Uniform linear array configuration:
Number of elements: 12
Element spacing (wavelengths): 0.25
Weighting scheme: kaiser
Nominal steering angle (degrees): -45
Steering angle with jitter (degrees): -43.884
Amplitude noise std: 0.05
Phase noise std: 0.05

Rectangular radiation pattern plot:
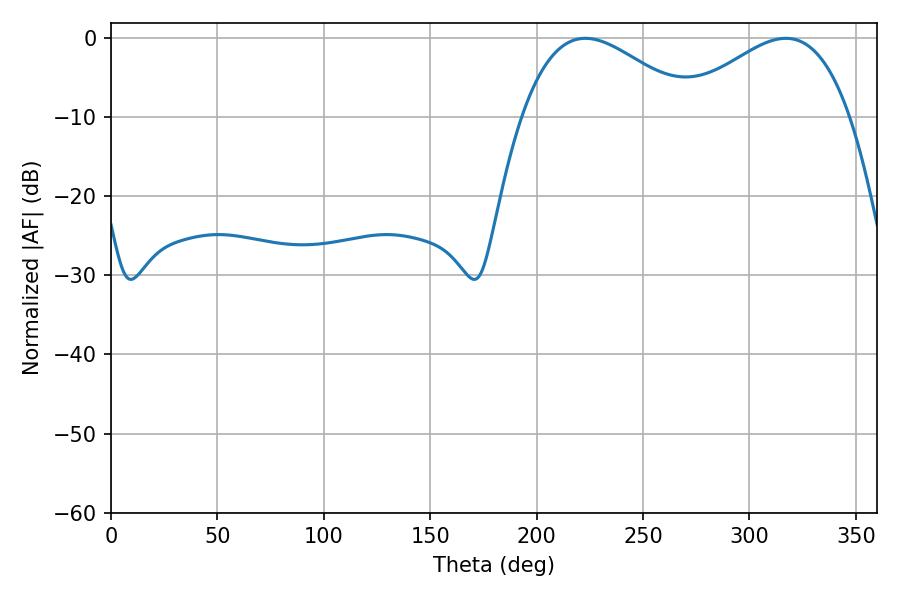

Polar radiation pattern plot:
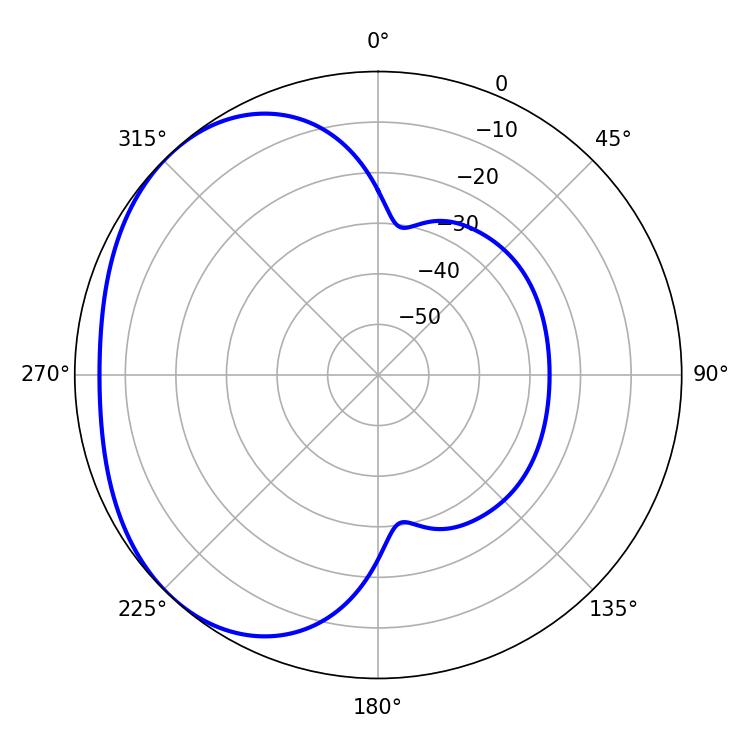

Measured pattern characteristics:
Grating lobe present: FALSE
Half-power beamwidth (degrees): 43.74
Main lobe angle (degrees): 222.84